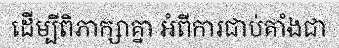
ដើម្បីពិភាក្សាគ្នា អំពីការជាប់គាំងជា